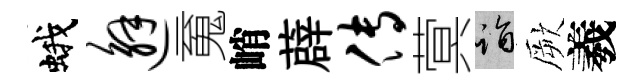
蛾邂䰟峭薜传蓂诣厥羲